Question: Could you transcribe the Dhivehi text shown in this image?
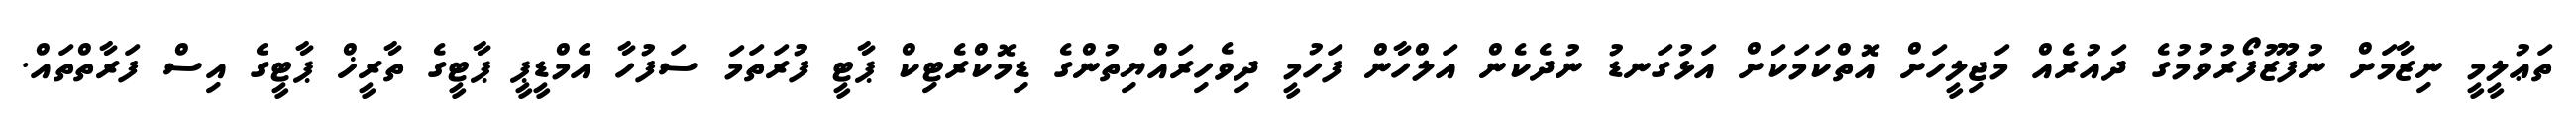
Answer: ތަޢުލީމީ ނިޒާމަށް ނުފޫޒުފޯރުވުމުގެ ދައުރެއް މަޖިލީހަށް އޮތްކަމަކަށް އަޅުގަނޑު ނުދެކެން އަލްހާން ފަހުމީ ދިވެހިރައްޔިތުންގެ ޑިމޮކްރެޓިކް ޕާޓީ ފުރަތަމަ ސަފުހާ އެމްޑީޕީ ޕާޓީގެ ތާރީޚް ޕާޓީގެ އިސް ފަރާތްތައް.